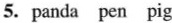
5.panda pen pig